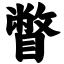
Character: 瞥